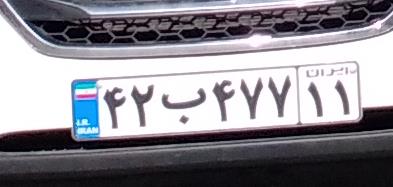
۴۲ب۴۷۷۱۱